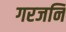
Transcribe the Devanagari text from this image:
गरजनि